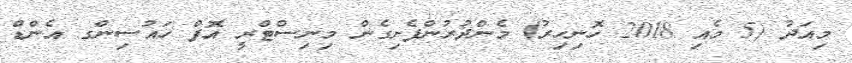
މިއަދު (5 މެއި 2018 ހޮނިހިރު) މެންދުރުންފެށިގެން މިނިސްޓްރީ އޮފް ހައުސިންގ އެންޑް